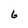
Character: 6